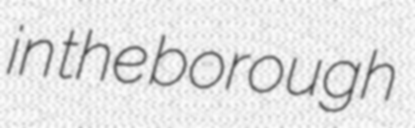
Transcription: in the borough